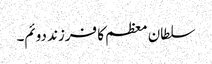
سلطان معظم کا فرزند دوئم۔